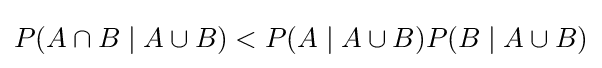
P(A\cap B\mid A\cup B)<P(A\mid A\cup B)P(B\mid A\cup B)